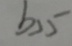
b > 5